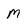
Character: M